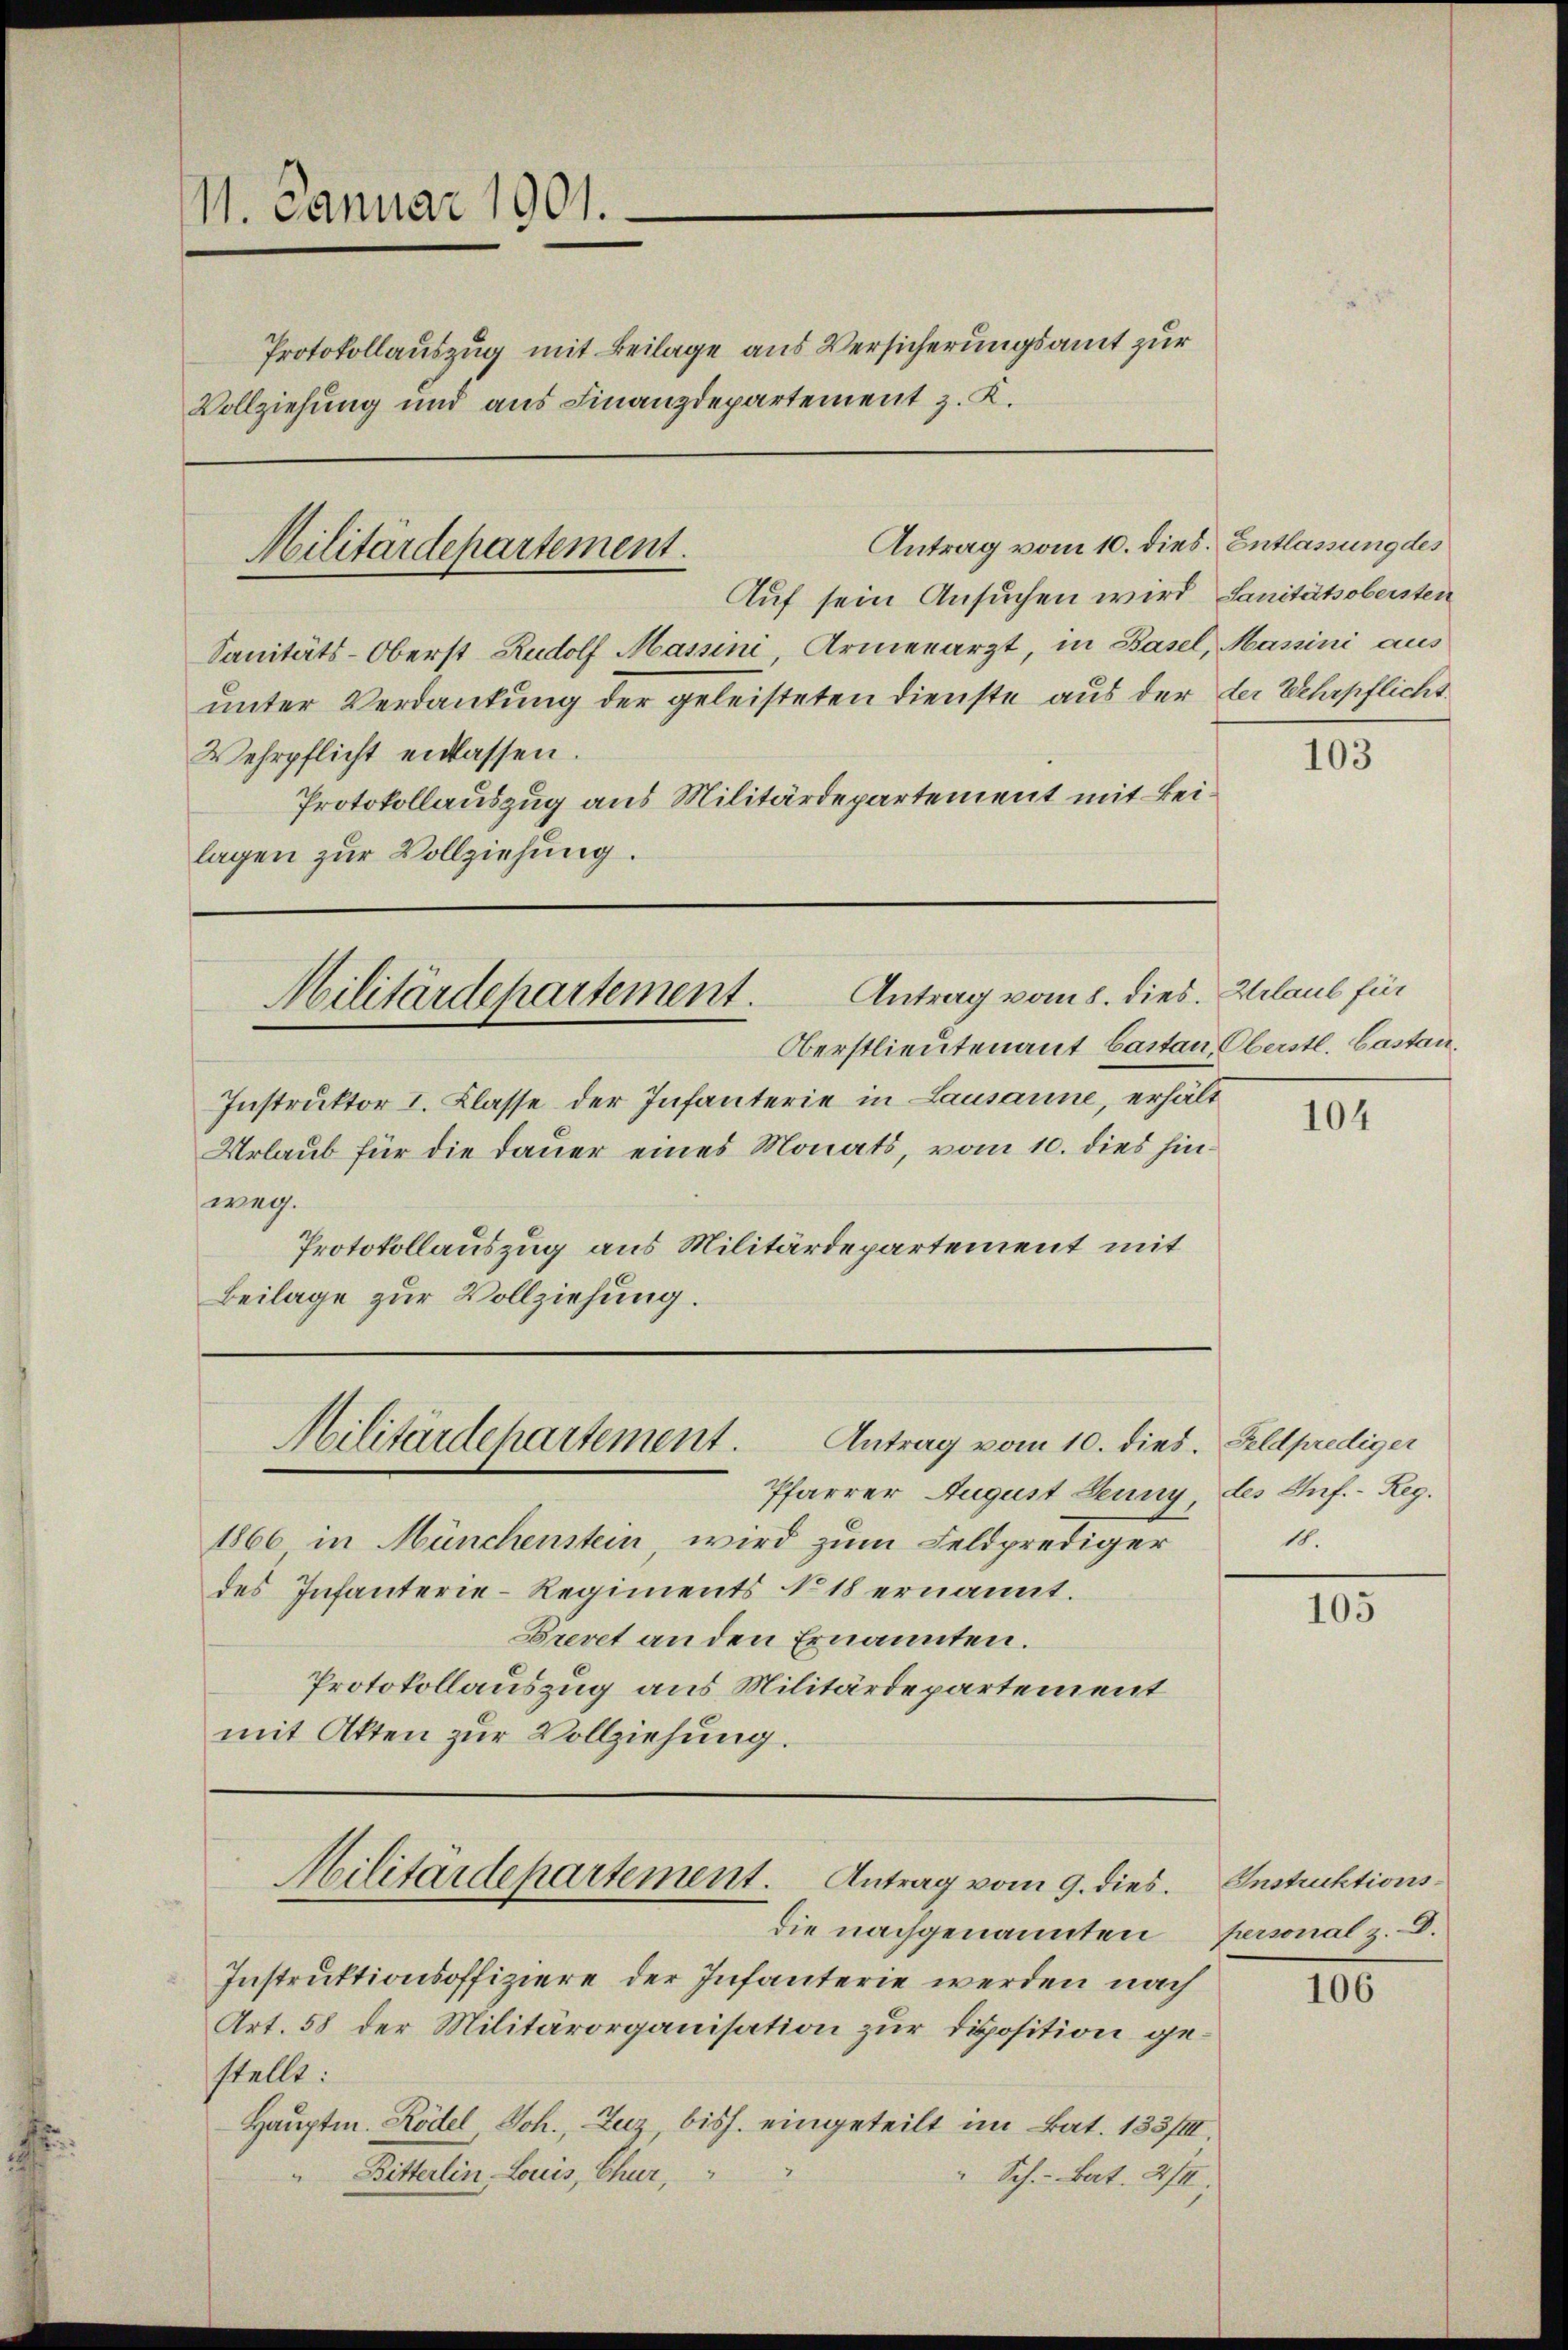
11. Januar 1901.
Vollziehung und aus Finanzdepartement z. K.

Auf sein Ansuchen wird Sanitätsobersten
Sanitäts-Oberst Rudolf Massini, Armenarzt, in Basel, Massini aus
unter Verdankung der geleisteten Dienste aus der der Wehrpflicht
Wehrpflicht einlassen.
Protokollauszug aus Militärdepartement mit Beilagen zur Vollziehung.

Protokollauszug mit Beilage aus Versicherungsamt zur

Militärdepartement.

Instruktor I. Klasse der Infanterie in Lausanne, erhält
Urlaub für die Dauer eines Monats, vom 10. dies hinweg.
Protokollauszug aus Militärdepartement mit
Beilage zur Vollziehung.

Antrag vom 10. dies. Feldprediger
Pfarrer August Leuny des Inf.- Reg.
1866 in Münchenstein, wird zum Feldprediger
des Infanterie-Regiments § 18 ernannt.
Brevet an den Ernannten.
Protokollauszug aus Militärdepartement
mit Akten zur Vollziehung.

Antrag vom 10. dies. Entlassung des

Antrag vom 8. dies. Urlaul für
Militärdepartement.
Oberstlieutenant Cartan, Oberstl. Castan

Militärdepartement.

Militärdepartement. Antrag vom 9. dies

die nachgenannten Personal z. B.

Instruktionsoffiziere der Infanterie werden nach
Art. 58 der Militärorganisation zur Disposition gestellt:
Hauptm. Rödel Joh., Zuz, bish. eingeteilt in Bat. 135/II.
Bitterlin Louis, Chur,
" Sch. - Bat. 214,

103

104

11.

105

Instruktions¬

106